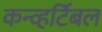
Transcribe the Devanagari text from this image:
कन्व्हर्टिबल